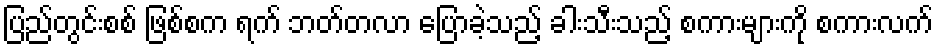
ပြည်တွင်းစစ် ဖြစ်စက ရက် ဘတ်တလာ ပြောခဲ့သည့် ခါးသီးသည့် စကားများကို စကားလက်